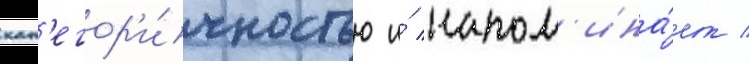
кат'егор'и́чностью и́ напом'ина́ет /